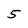
Character: 5